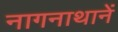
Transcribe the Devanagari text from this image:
नागनाथानें